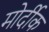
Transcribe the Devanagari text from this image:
मोर्दीक